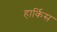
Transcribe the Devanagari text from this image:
हार्किस